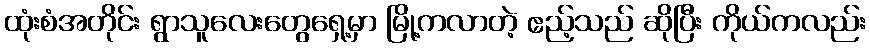
ထုံးစံအတိုင်း ရွာသူလေးတွေရှေ့မှာ မြို့ကလာတဲ့ ဧည့်သည် ဆိုပြီး ကိုယ်ကလည်း